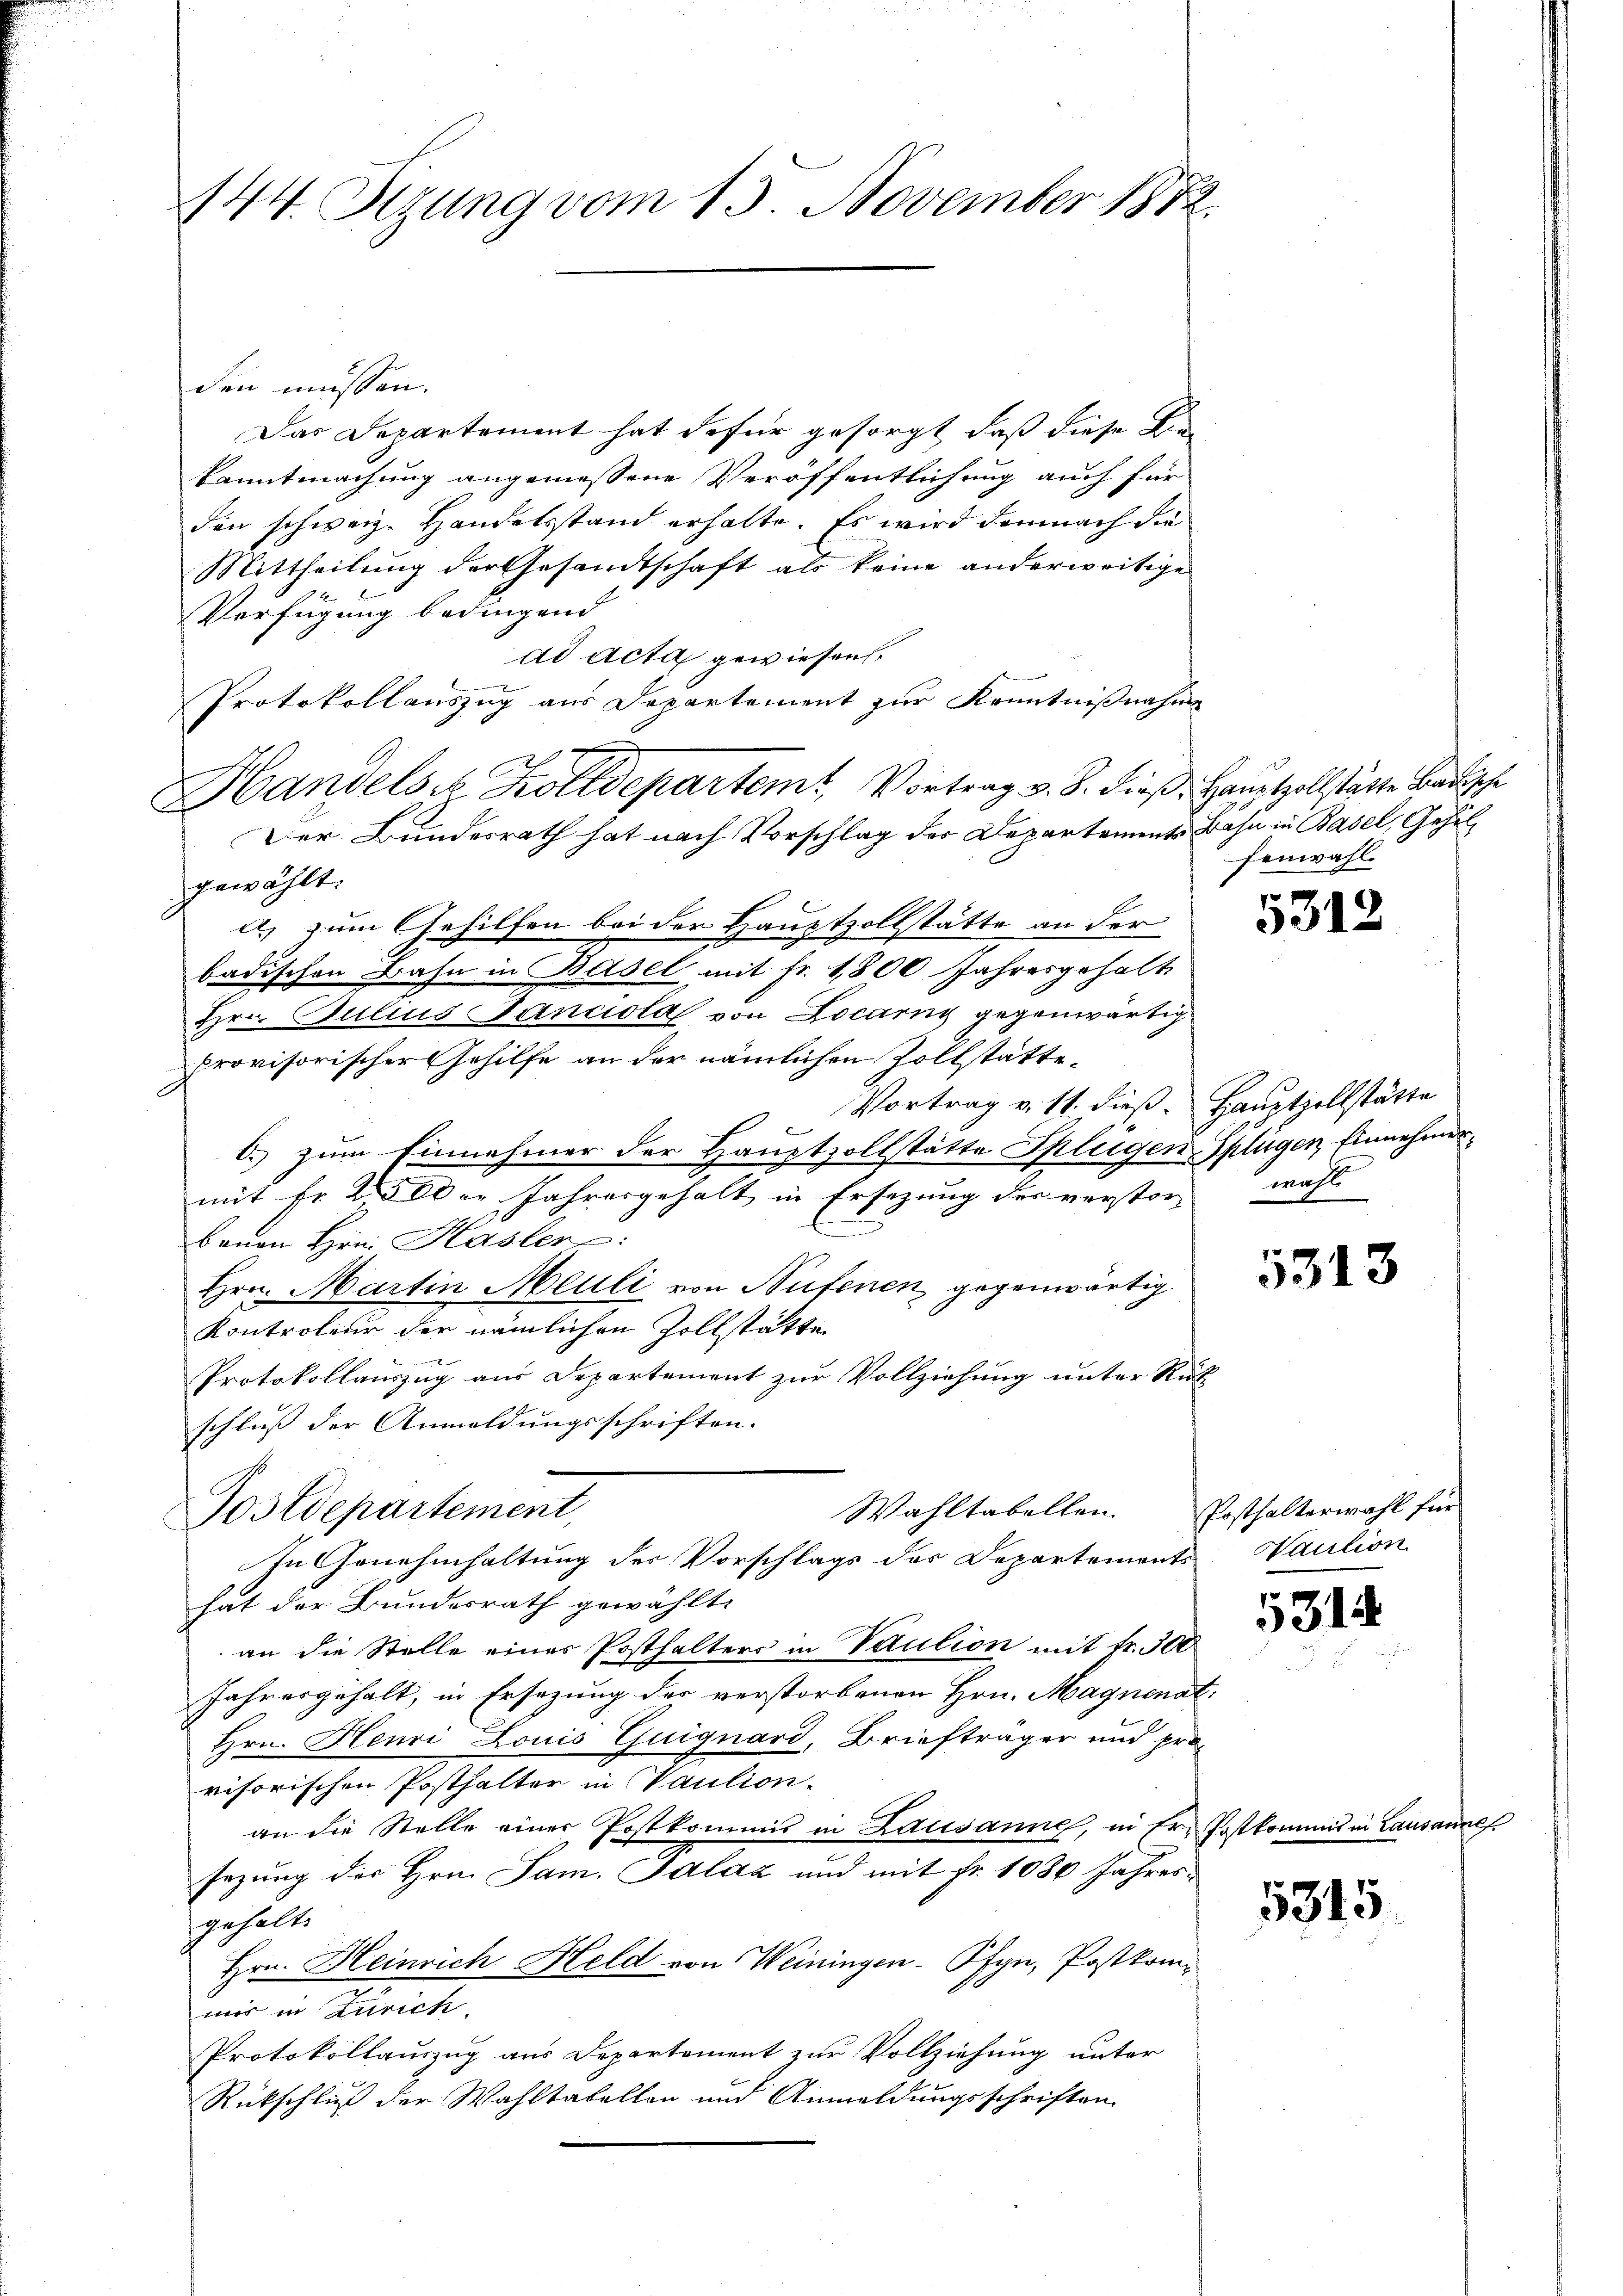
144. Sizung vom 13. November 1882.

den müssen.
Das Departement hat dafür gesorgt, daß diese Be-
kanntmachung angemessene Veröffentlichung auch für
den schweiz. Handelsstand erhalte. Es wird demnach die
Mittheilung der Gesandtschaft als keine anderweitige
Verfügung bedingend
ad acta gewiesen.
Protokollauszug aus Departement zur Kenntnißnahme
Handels Zolldepartem Vortrag v. J. Fieß. Hauptzollstätte Badische
Der Bundesrath hat nach Vorschlag der Departements Bahn in Basel, Gehilgewählt.
) zum Gehilfen bei der Haustzollstätte an der
badischen Bahn in Basel mit Fr. 1800 Jahresgehalt
Hrn. Julius Sancola von Locarny gegenwärtig
provisorischer Gehilfe an der nämlichen Zollstätte¬
Vortrag v. 11. dieß. Hauptzollstätte
6. zum Einnehmer der Hauptzollstätte Splügen Splügen Einnahmermit Fr. 25 Oder Jahresgehalt in Ersezung der verstor-
B
bauen Hrn. Hasler
Hrn. Martin Meuli von Nufenen gegenwärtig.
Kontrolier der nämlichen Zollstätte
Protokollauszug aus Departement zur Vollziehung unter Rück
schluß der Anmeldungsschriften.
Wahltabellen.
Postdepartement,
In Genehmhaltung der Vorschlags der Departements Kaution
hat der Bundesrath gewählt:
an die Stelle einer Posthalters in Vaution mit Fr. 300
Jahresgehalt, in Ersezung der verstorbenen Hrn. Magnenat,
Hrn. Henri Louis Guignard, Briefträger und provisorischen Posthalter in Vaution.
an die Stelle einer Postkommis in Lausanne, in Er. Postkommis in Lausanne,
sazung des Hrn. Sam. Palaz und mit Fr. 1030 Jahresgehalte
Hrn. Heinrich Held von Weiningen- Pfyn, Postkomuns in Zürich.
Protokollauszug aus Departement zur Vollziehung unter
Rückschluß der Wahltabellen und Anmeldungsschriften

fenwahl.

534

wahl

5313

Posthalterwahl für

531.

12

5315